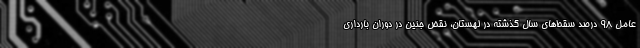
عامل 98 درصد سقط‌های سال گذشته در لهستان، نقض جنین در دوران بارداری